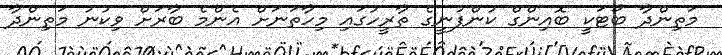
މަތިންދާ ބޯޓަކީ ބޮއިންގް ކުންފުނީގެ ތާރީހުގައި މިހާތަނަށް އެންމެ ބާރަށް ވިކުނު މަތިންދާ